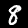
Digit: 8